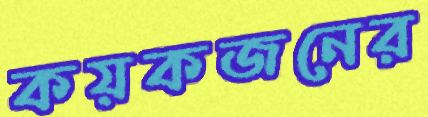
কয়কজনের